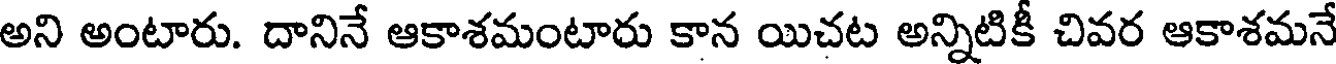
అని అంటారు. దానినే ఆకాశమంటారు కాన యిచట అన్నిటికీ చివర ఆకాశమనే